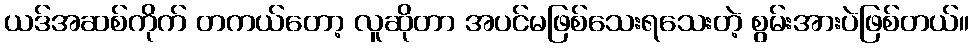
ယဒ်အဆစ်ကိုက် တကယ်တော့ လူဆိုတာ အပင်မဖြစ်သေးရသေးတဲ့ စွမ်းအားပဲဖြစ်တယ်။